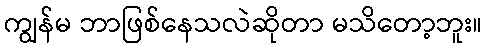
ကျွန်မ ဘာဖြစ်နေသလဲဆိုတာ မသိတော့ဘူး။